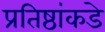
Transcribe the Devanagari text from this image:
प्रतिष्ठांकडे